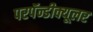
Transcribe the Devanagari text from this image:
परपॅन्डीक्यूलर